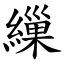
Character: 繅